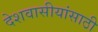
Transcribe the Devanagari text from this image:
देशवासीयांसाठी